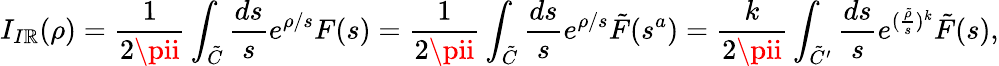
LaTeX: I_{I\mathbb{R}}(\rho)=\frac{{1}}{{2\pii}}\int_{\tilde{{C}}}\frac{{ds}}{{s}}e^{\rho/s}F(s)=\frac{{1}}{{2\pii}}\int_{\tilde{{C}}}\frac{{ds}}{{s}}e^{\rho/s}\tilde{{F}}(s^{a})=\frac{{k}}{{2\pii}}\int_{\tilde{{C}}^{\prime}}\frac{{ds}}{{s}}e^{(\frac{{\tilde{{\rho}}}}{{s}})^{k}}\tilde{{F}}(s),